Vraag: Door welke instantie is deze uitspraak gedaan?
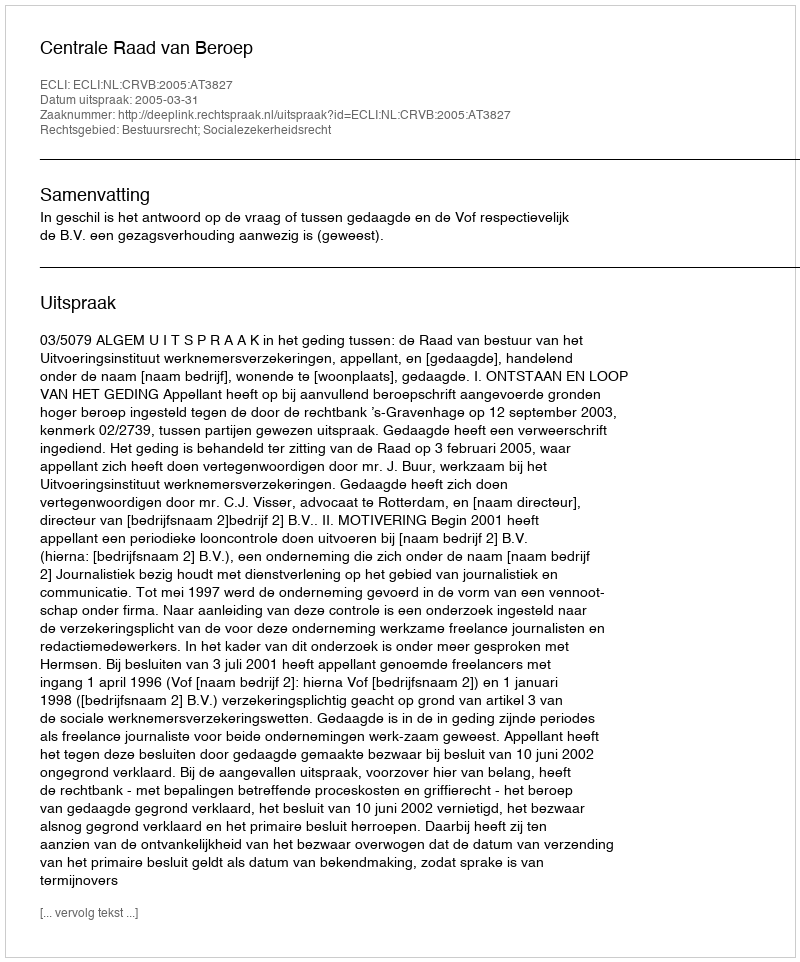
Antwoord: Centrale Raad van Beroep